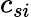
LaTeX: c_{si}